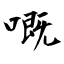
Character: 嘅